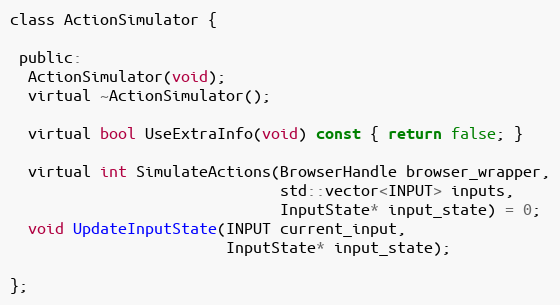
Language: C
class ActionSimulator {

 public:
  ActionSimulator(void);
  virtual ~ActionSimulator();

  virtual bool UseExtraInfo(void) const { return false; }

  virtual int SimulateActions(BrowserHandle browser_wrapper,
                              std::vector<INPUT> inputs,
                              InputState* input_state) = 0;
  void UpdateInputState(INPUT current_input,
                        InputState* input_state);

};